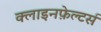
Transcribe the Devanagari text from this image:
क्लाइनफ़ेल्टर्स